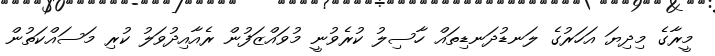
މީރާގެ މިދިޔަ އަހަރުގެ ލަނޑުދަނޑިތައް ހާސިލު ކުރެވުނީ މުވައްޒަފުން ރެއާއިދުވަލު ކުރި މަސައްކަތުން